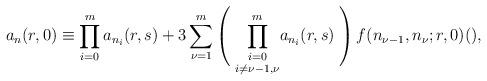
LaTeX: \begin{align*} a_n(r,0)\equiv \prod _{i=0} ^{m}a_{n_i}(r,s)+ 3\sum _{\nu=1} ^m\left(\vphantom{ \sum_{k_{\nu-1}=0}^2}\right.\underset {i\ne \nu-1,\nu}{\prod _{i=0} ^m} a_{n_i}(r,s)\left.\vphantom{ \sum_{k_{\nu-1}=0}^2}\right)f(n_{\nu-1},n_{\nu};r,0)(),\end{align*}